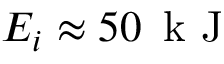
E _ { i } \approx 5 0 \, \mathrm { ~ k ~ J ~ }